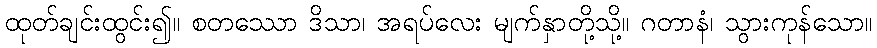
ထုတ်ချင်းထွင်း၍။ စတဿော ဒိသာ၊ အရပ်လေး မျက်နှာတို့သို့။ ဂတာနံ၊ သွားကုန်သော။